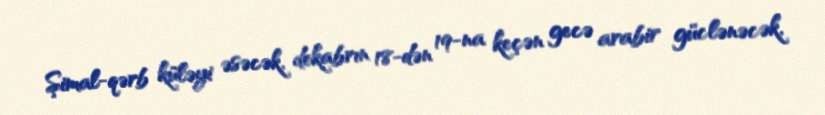
Şimal-qərb küləyi əsəcək, dekabrın 18-dən 19-na keçən gecə arabir güclənəcək,